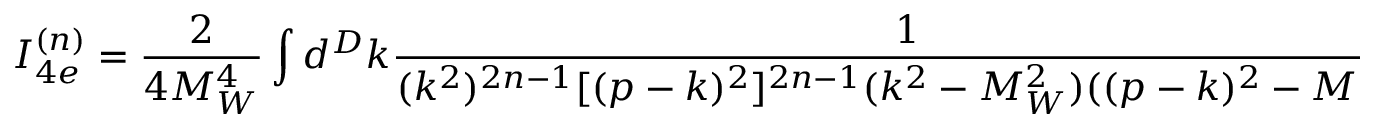
I _ { 4 e } ^ { ( n ) } = \frac { 2 } { 4 M _ { W } ^ { 4 } } \int d ^ { D } k \frac { 1 } { ( k ^ { 2 } ) ^ { 2 n - 1 } [ ( p - k ) ^ { 2 } ] ^ { 2 n - 1 } ( k ^ { 2 } - M _ { W } ^ { 2 } ) ( ( p - k ) ^ { 2 } - M _ { W } ^ { 2 } ) } \, ,